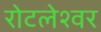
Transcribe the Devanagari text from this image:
रोटलेश्वर